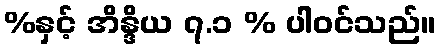
%နှင့် အိန္ဒိယ ၇.၁ % ပါဝင်သည်။